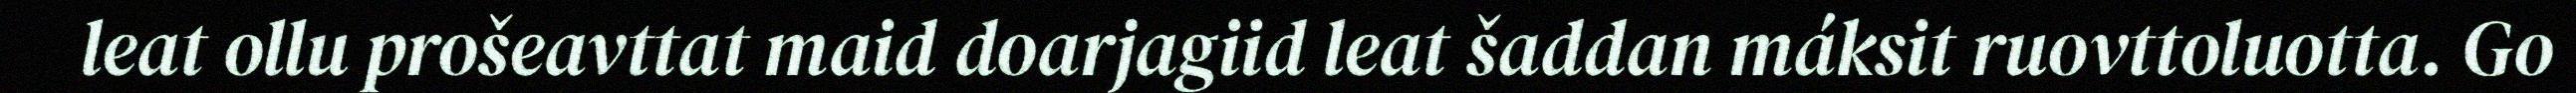
leat ollu prošeavttat maid doarjagiid leat šaddan máksit ruovttoluotta. Go